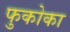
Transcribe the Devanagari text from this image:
फुकोका